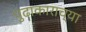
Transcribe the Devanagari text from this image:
पुढाकाराच्या